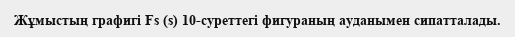
Жұмыстың графигі Fs (s) 10-суреттегі фигураның ауданымен сипатталады.